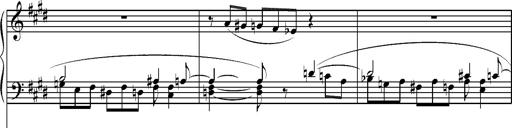
Title: Pilgerchor aus TannhÃ¤user
Composer: Franz Liszt